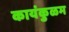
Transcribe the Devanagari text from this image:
कायंकुळम